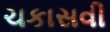
ચકાસવી